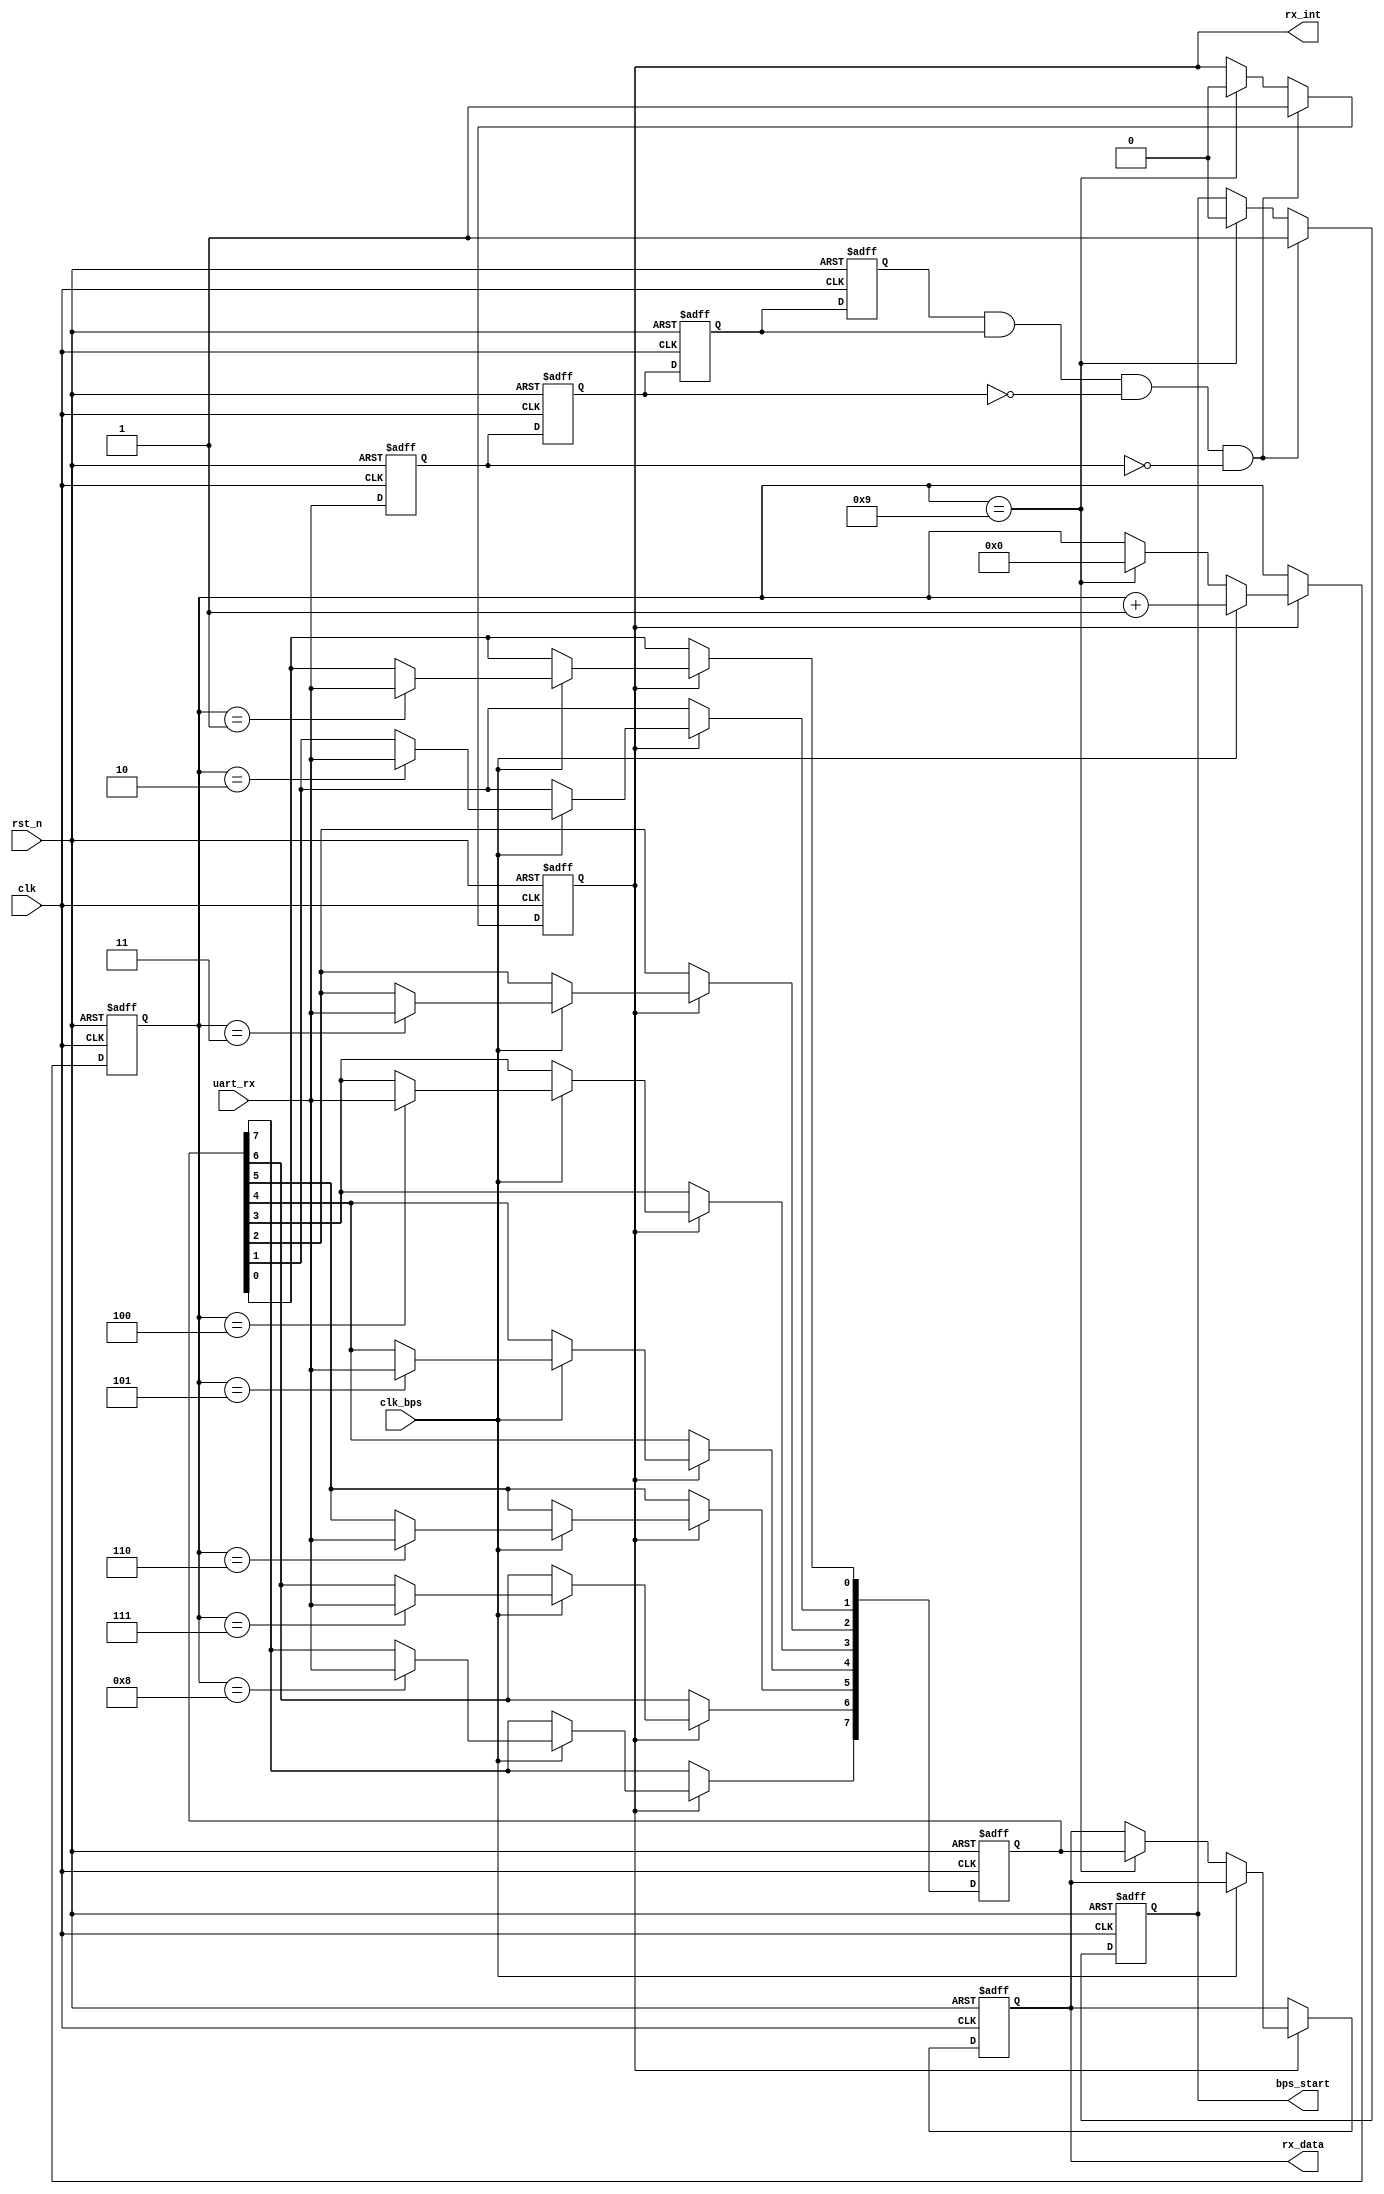
/////////////////////////////////////////////////////////////////////////////
//Altera ATPP     FPGA
// Altera Cyclone IV FPGA 
// SF-CY4 
//         FPGA
//				SF-CY4
// http://myfpga.taobao.com/
// http://pan.baidu.com/s/1jGpMIJc
//                 
/////////////////////////////////////////////////////////////////////////////
module my_uart_rx(
				clk,rst_n,
				uart_rx,rx_data,rx_int,
				clk_bps,bps_start
			);

input clk;		// 25MHz
input rst_n;	//
input uart_rx;	// RS232
input clk_bps;	// clk_bps
output bps_start;		//
output[7:0] rx_data;	// 
output rx_int;	//,

//----------------------------------------------------------------
reg uart_rx0,uart_rx1,uart_rx2,uart_rx3;	//
wire neg_uart_rx;	//

always @ (posedge clk or negedge rst_n) 
	if(!rst_n) begin
		uart_rx0 <= 1'b0;
		uart_rx1 <= 1'b0;
		uart_rx2 <= 1'b0;
		uart_rx3 <= 1'b0;
	end
	else begin
		uart_rx0 <= uart_rx;
		uart_rx1 <= uart_rx0;
		uart_rx2 <= uart_rx1;
		uart_rx3 <= uart_rx2;
	end

	//<40ns-80ns()
	// 
	//80ns
assign neg_uart_rx = uart_rx3 & uart_rx2 & ~uart_rx1 & ~uart_rx0;	//neg_uart_rx

//----------------------------------------------------------------
reg bps_start_r;
reg[3:0] num;	//
reg rx_int;		//,

always @ (posedge clk or negedge rst_n)
	if(!rst_n) begin
		bps_start_r <= 1'bz;
		rx_int <= 1'b0;
	end
	else if(neg_uart_rx) begin		//uart_rx
		bps_start_r <= 1'b1;	//
		rx_int <= 1'b1;			//
	end
	else if(num == 4'd9) begin		//
		bps_start_r <= 1'b0;	//
		rx_int <= 1'b0;			//
	end

assign bps_start = bps_start_r;

//----------------------------------------------------------------
reg[7:0] rx_data_r;		//
reg[7:0] rx_temp_data;	//

always @ (posedge clk or negedge rst_n)
	if(!rst_n) begin
		rx_temp_data <= 8'd0;
		num <= 4'd0;
		rx_data_r <= 8'd0;
	end
	else if(rx_int) begin	//
		if(clk_bps) begin	//,8bit12		
			num <= num+1'b1;
			case (num)
				4'd1: rx_temp_data[0] <= uart_rx;	//0bit
				4'd2: rx_temp_data[1] <= uart_rx;	//1bit
				4'd3: rx_temp_data[2] <= uart_rx;	//2bit
				4'd4: rx_temp_data[3] <= uart_rx;	//3bit
				4'd5: rx_temp_data[4] <= uart_rx;	//4bit
				4'd6: rx_temp_data[5] <= uart_rx;	//5bit
				4'd7: rx_temp_data[6] <= uart_rx;	//6bit
				4'd8: rx_temp_data[7] <= uart_rx;	//7bit
				default: ;
			endcase
		end
		else if(num == 4'd9) begin		//1+8+1(2)=11bit
			num <= 4'd0;			//STOP,num
			rx_data_r <= rx_temp_data;	//rx_data
		end
	end

assign rx_data = rx_data_r;	

endmodule